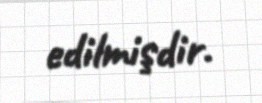
edilmişdir.